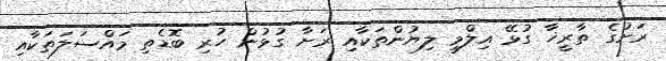
ރަށުގެ ތާރީޚާ ގުޅޭ އިލްމީ ލިޔުންތަކާއި ރަށާ ގުޅުން ހުރި ބޮޑެތި މައްސަލަތަކާއި